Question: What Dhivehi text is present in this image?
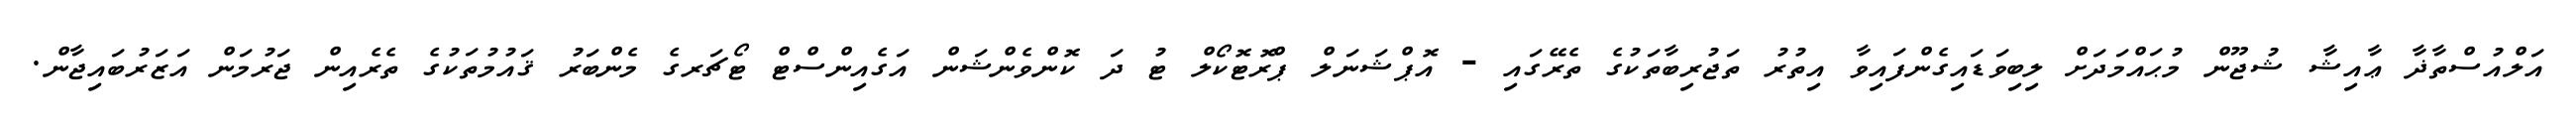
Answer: އަލްއުސްތާޛާ ޢާއިޝާ ޝުޖޫން މުޙައްމަދަށް ލިބިވަޑައިގެންފައިވާ އިތުރު ތަޖުރިބާތަކުގެ ތެރޭގައި - އޮޕްޝަނަލް ޕްރޮޓޮކޯލް ޓު ދަ ކޮންވެންޝަން އަގެއިންސްޓް ޓޯޗަރގެ މެންބަރު ޤައުމުތަކުގެ ތެރެއިން ޖަރުމަން އަޒަރުބައިޖާން.